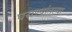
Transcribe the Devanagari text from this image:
घराण्यांतल्या